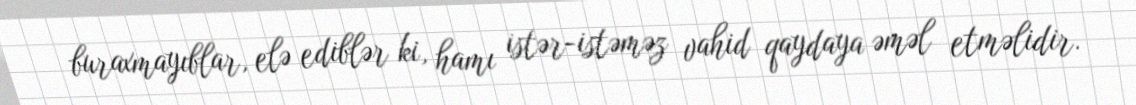
buraxmayıblar, elə ediblər ki, hamı istər-istəməz vahid qaydaya əməl etməlidir.